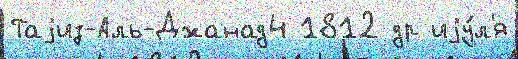
Таjиз-Аль-Джанад4 1812 др иjу́л'я